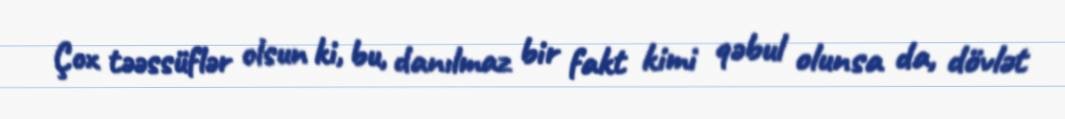
Çox təəssüflər olsun ki, bu, danılmaz bir fakt kimi qəbul olunsa da, dövlət